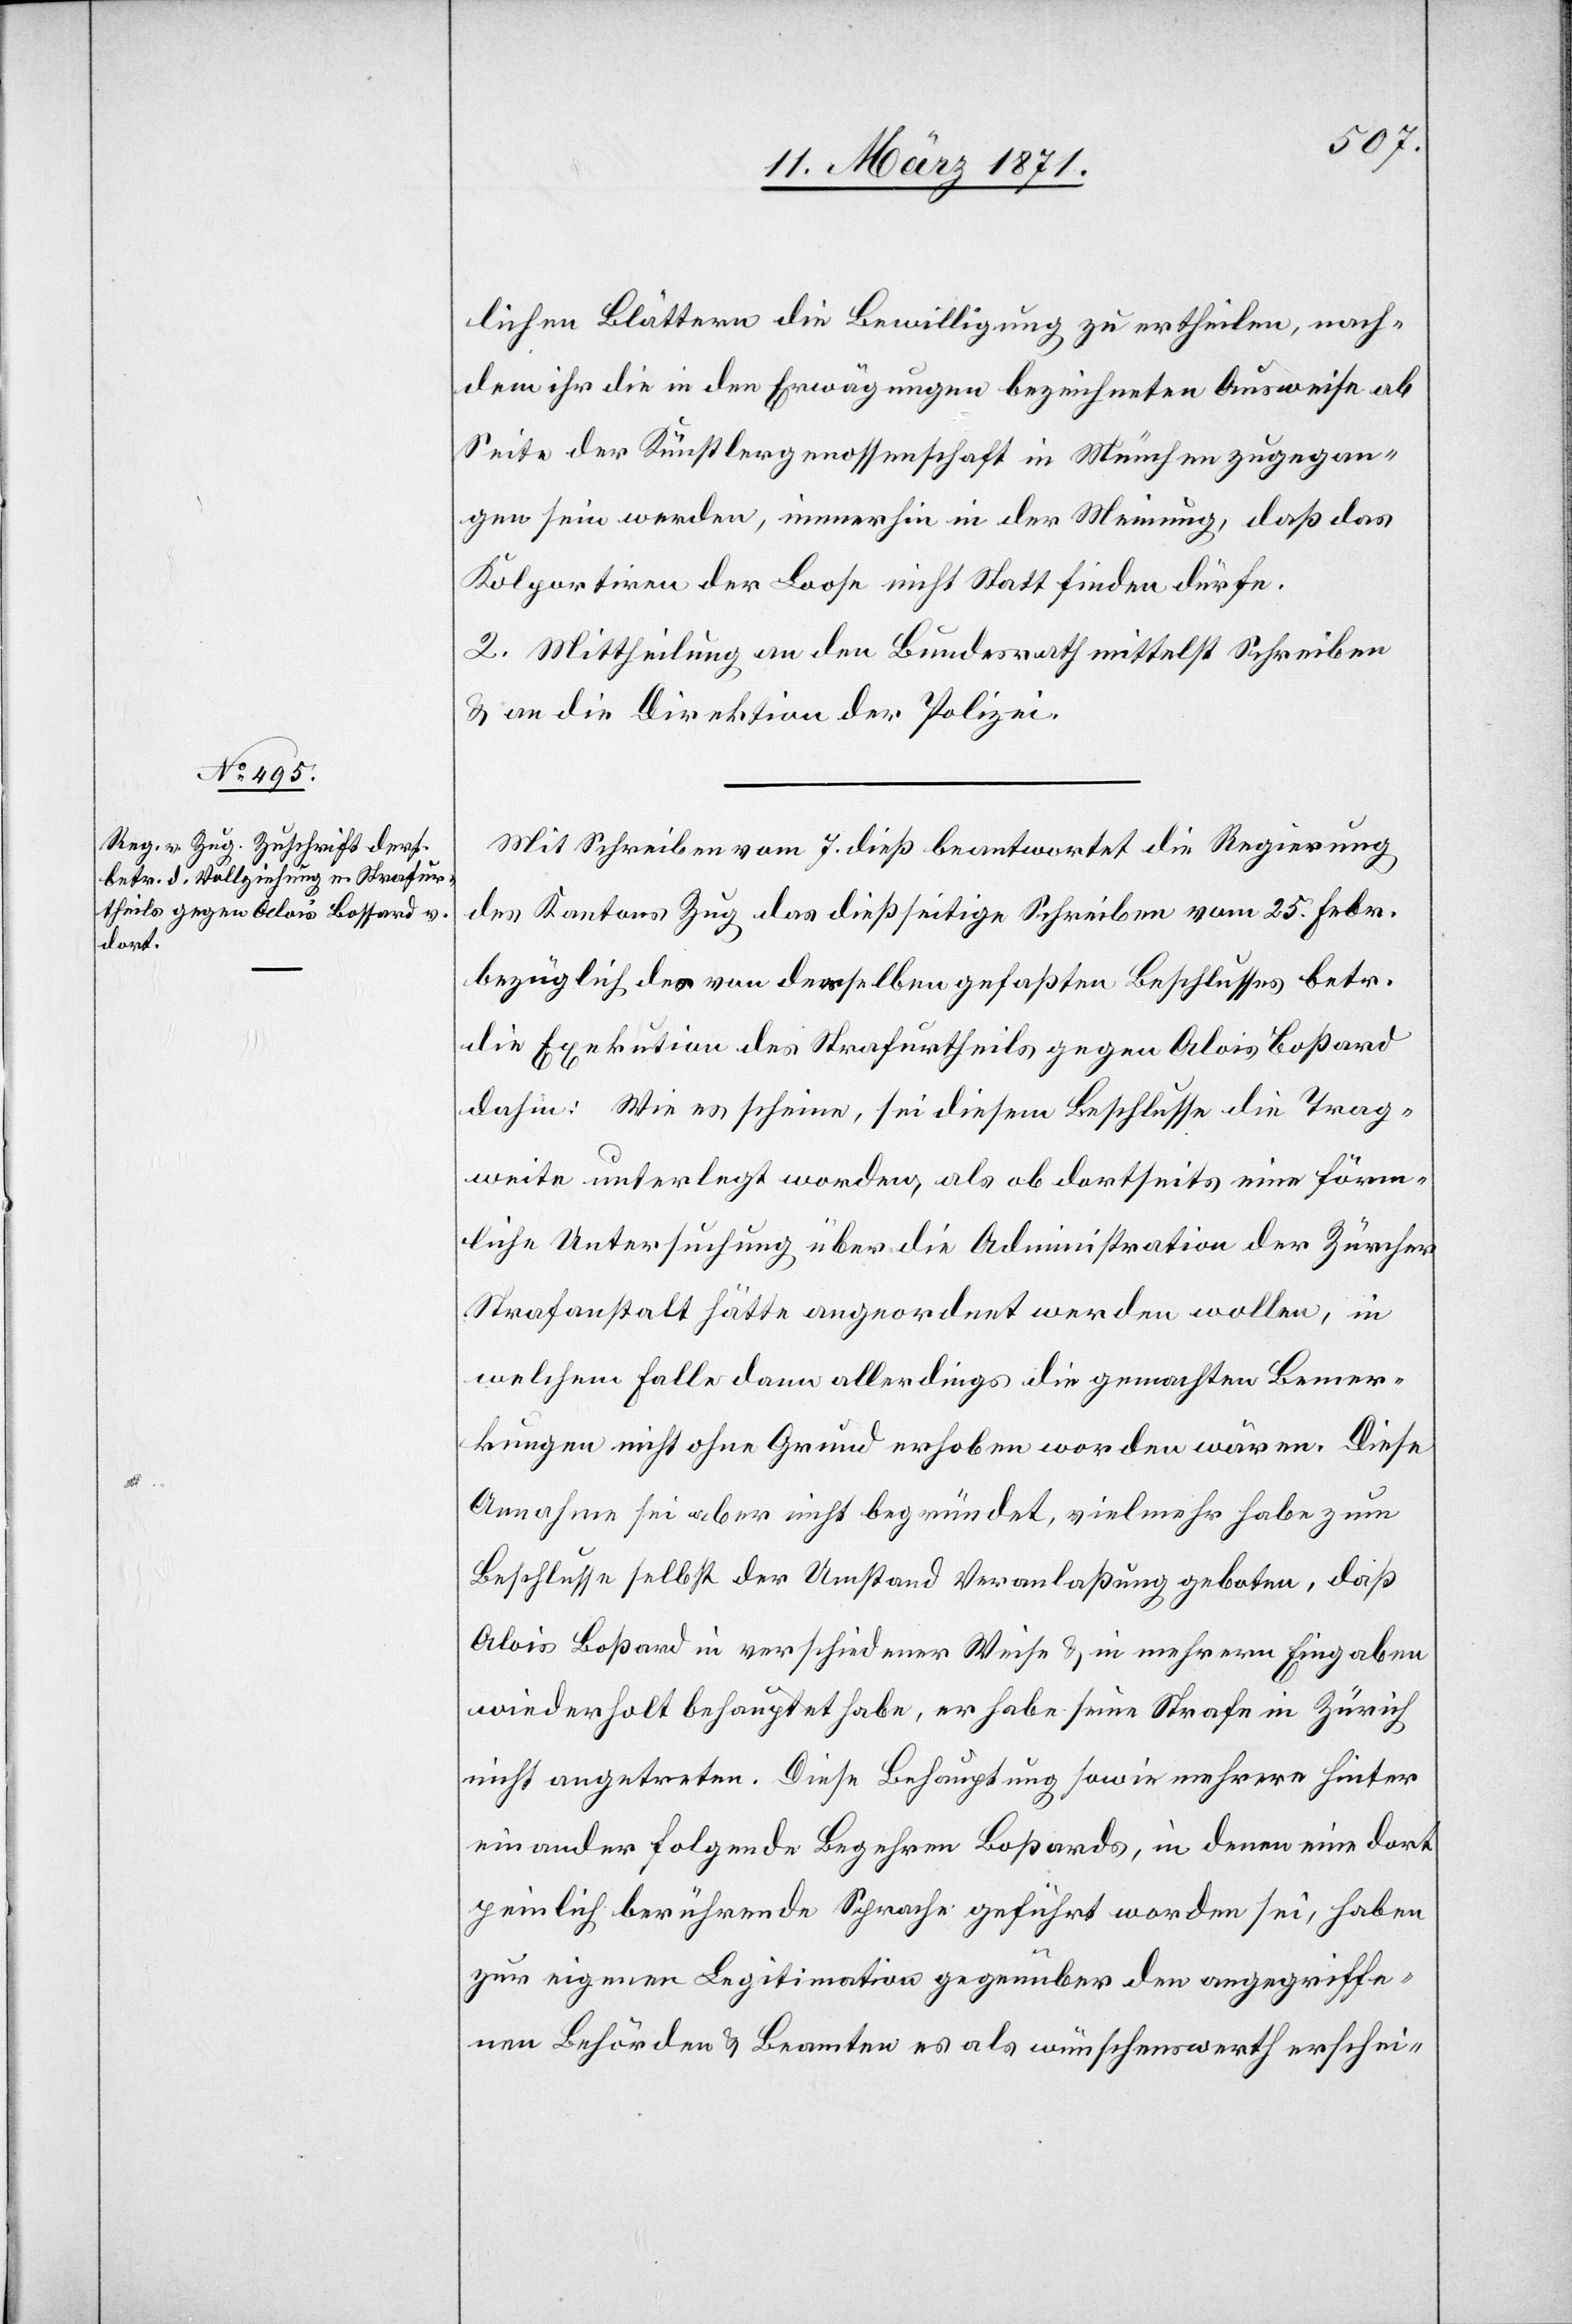
lichen Blättern die Bewilligung zu ertheilen, nach¬
dem ihr die in den Erwägungen bezeichneten Ausweise ab
Seite der Künstlergenossenschaft in München zugegan¬
gen sein werden, immerhin in der Meinung, daß das
Kolportiren der Loose nicht Statt finden dürfe.
2. Mittheilung an den Bundesrath mittelst Schreiben
u. an die Direktion der Polizei.
Mit Schreiben vom 7. dieß beantwortet die Regierung
des Kantons Zug das dießseitige Schreiben vom 25. Febr.
bezüglich des von derselben gefaßten Beschlusses betr.
die Exekution des Strafurtheils gegen Alois Boßard
dahin: Wie es scheine, sei diesem Beschlusse die Trag¬
weite unterlegt worden, als ob dortseits eine förm¬
liche Untersuchung über die Administration der Zürcher
Strafanstalt hätte angeordnet werden wollen, in
welchem Falle dann allerdings die gemachten Bemer¬
kungen nicht ohne Grund erhoben worden wären. Diese
Annahme sei aber nicht begründet, vielmehr habe zum
Beschlusse selbst der Umstand Veranlaßung geboten, daß
Alois Boßard in verschiedener Weise u. in mehrern Eingaben
wiederholt behauptet habe, er habe seine Strafe in Zürich
nicht angetreten. Diese Behauptung sowie mehrere hinter
einander folgende Begehren Boßards, in denen eine dort
peinlich berührende Sprache geführt worden sei, haben
zur eigenen Legitimation gegenüber den angegriffe¬
nen Behörden u. Beamten es als wünschenswerth erschei-